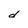
Character: d